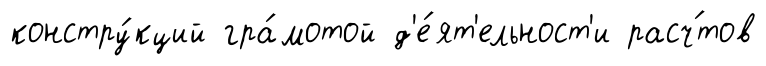
констру́кций гра́мотой д'е́ят'ельност'и расч́тов